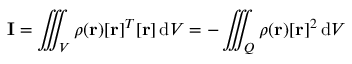
\mathbf { I } = \iiint _ { V } \rho ( \mathbf { r } ) [ \mathbf { r } ] ^ { T } [ \mathbf { r } ] \, \mathrm { d } V = - \iiint _ { Q } \rho ( \mathbf { r } ) [ \mathbf { r } ] ^ { 2 } \, \mathrm { d } V